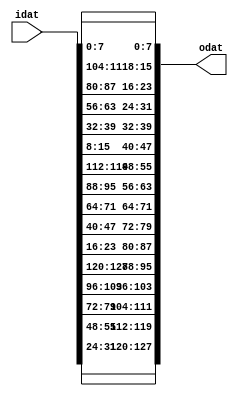
/*-------------------------------------------------------------------
 Project: ANUBIS
 Module Name: Anubis_Pi_Function
 Description:
     Pi Function of the ANUBIS block cipher
     It performs a cyclic permutation of the state.

 Dependencies:  none
 
 Language: Verilog 2001
 Author: Saied H. Khayat
 Date:   March 2011
 URL: https://github.com/saiedhk

 Copyright Notice: Free use of this library is permitted under the
 guidelines and in accordance with the MIT License (MIT).
 http://opensource.org/licenses/MIT
-------------------------------------------------------------------*/

`timescale  1ns/1ps

module Anubis_Pi_Function (
   input  [127:0] idat,
   output [127:0] odat
   );

   assign odat[  7:  0] = idat[  7:  0];
   assign odat[ 15:  8] = idat[111:104];
   assign odat[ 23: 16] = idat[ 87: 80];
   assign odat[ 31: 24] = idat[ 63: 56];
   assign odat[ 39: 32] = idat[ 39: 32];
   assign odat[ 47: 40] = idat[ 15:  8];
   assign odat[ 55: 48] = idat[119:112];
   assign odat[ 63: 56] = idat[ 95: 88];
   assign odat[ 71: 64] = idat[ 71: 64];
   assign odat[ 79: 72] = idat[ 47: 40];
   assign odat[ 87: 80] = idat[ 23: 16];
   assign odat[ 95: 88] = idat[127:120];
   assign odat[103: 96] = idat[103: 96];
   assign odat[111:104] = idat[ 79: 72];
   assign odat[119:112] = idat[ 55: 48];
   assign odat[127:120] = idat[ 31: 24];

endmodule